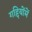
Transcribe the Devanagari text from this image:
गद्दियोंमें